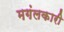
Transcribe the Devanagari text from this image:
मगंलकारी